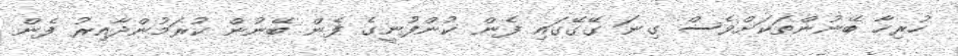
ހުރިހާ ބޭނުންތަކަށްވެސް ގިނަ ގޭގޭގައި ފެން ކުންފުނީގެ ފެން ބޭނުން ކުރަމުންދާއިރު ފެން